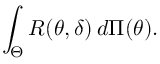
\int _ { \Theta } R ( \theta , \delta ) \, d \Pi ( \theta ) .